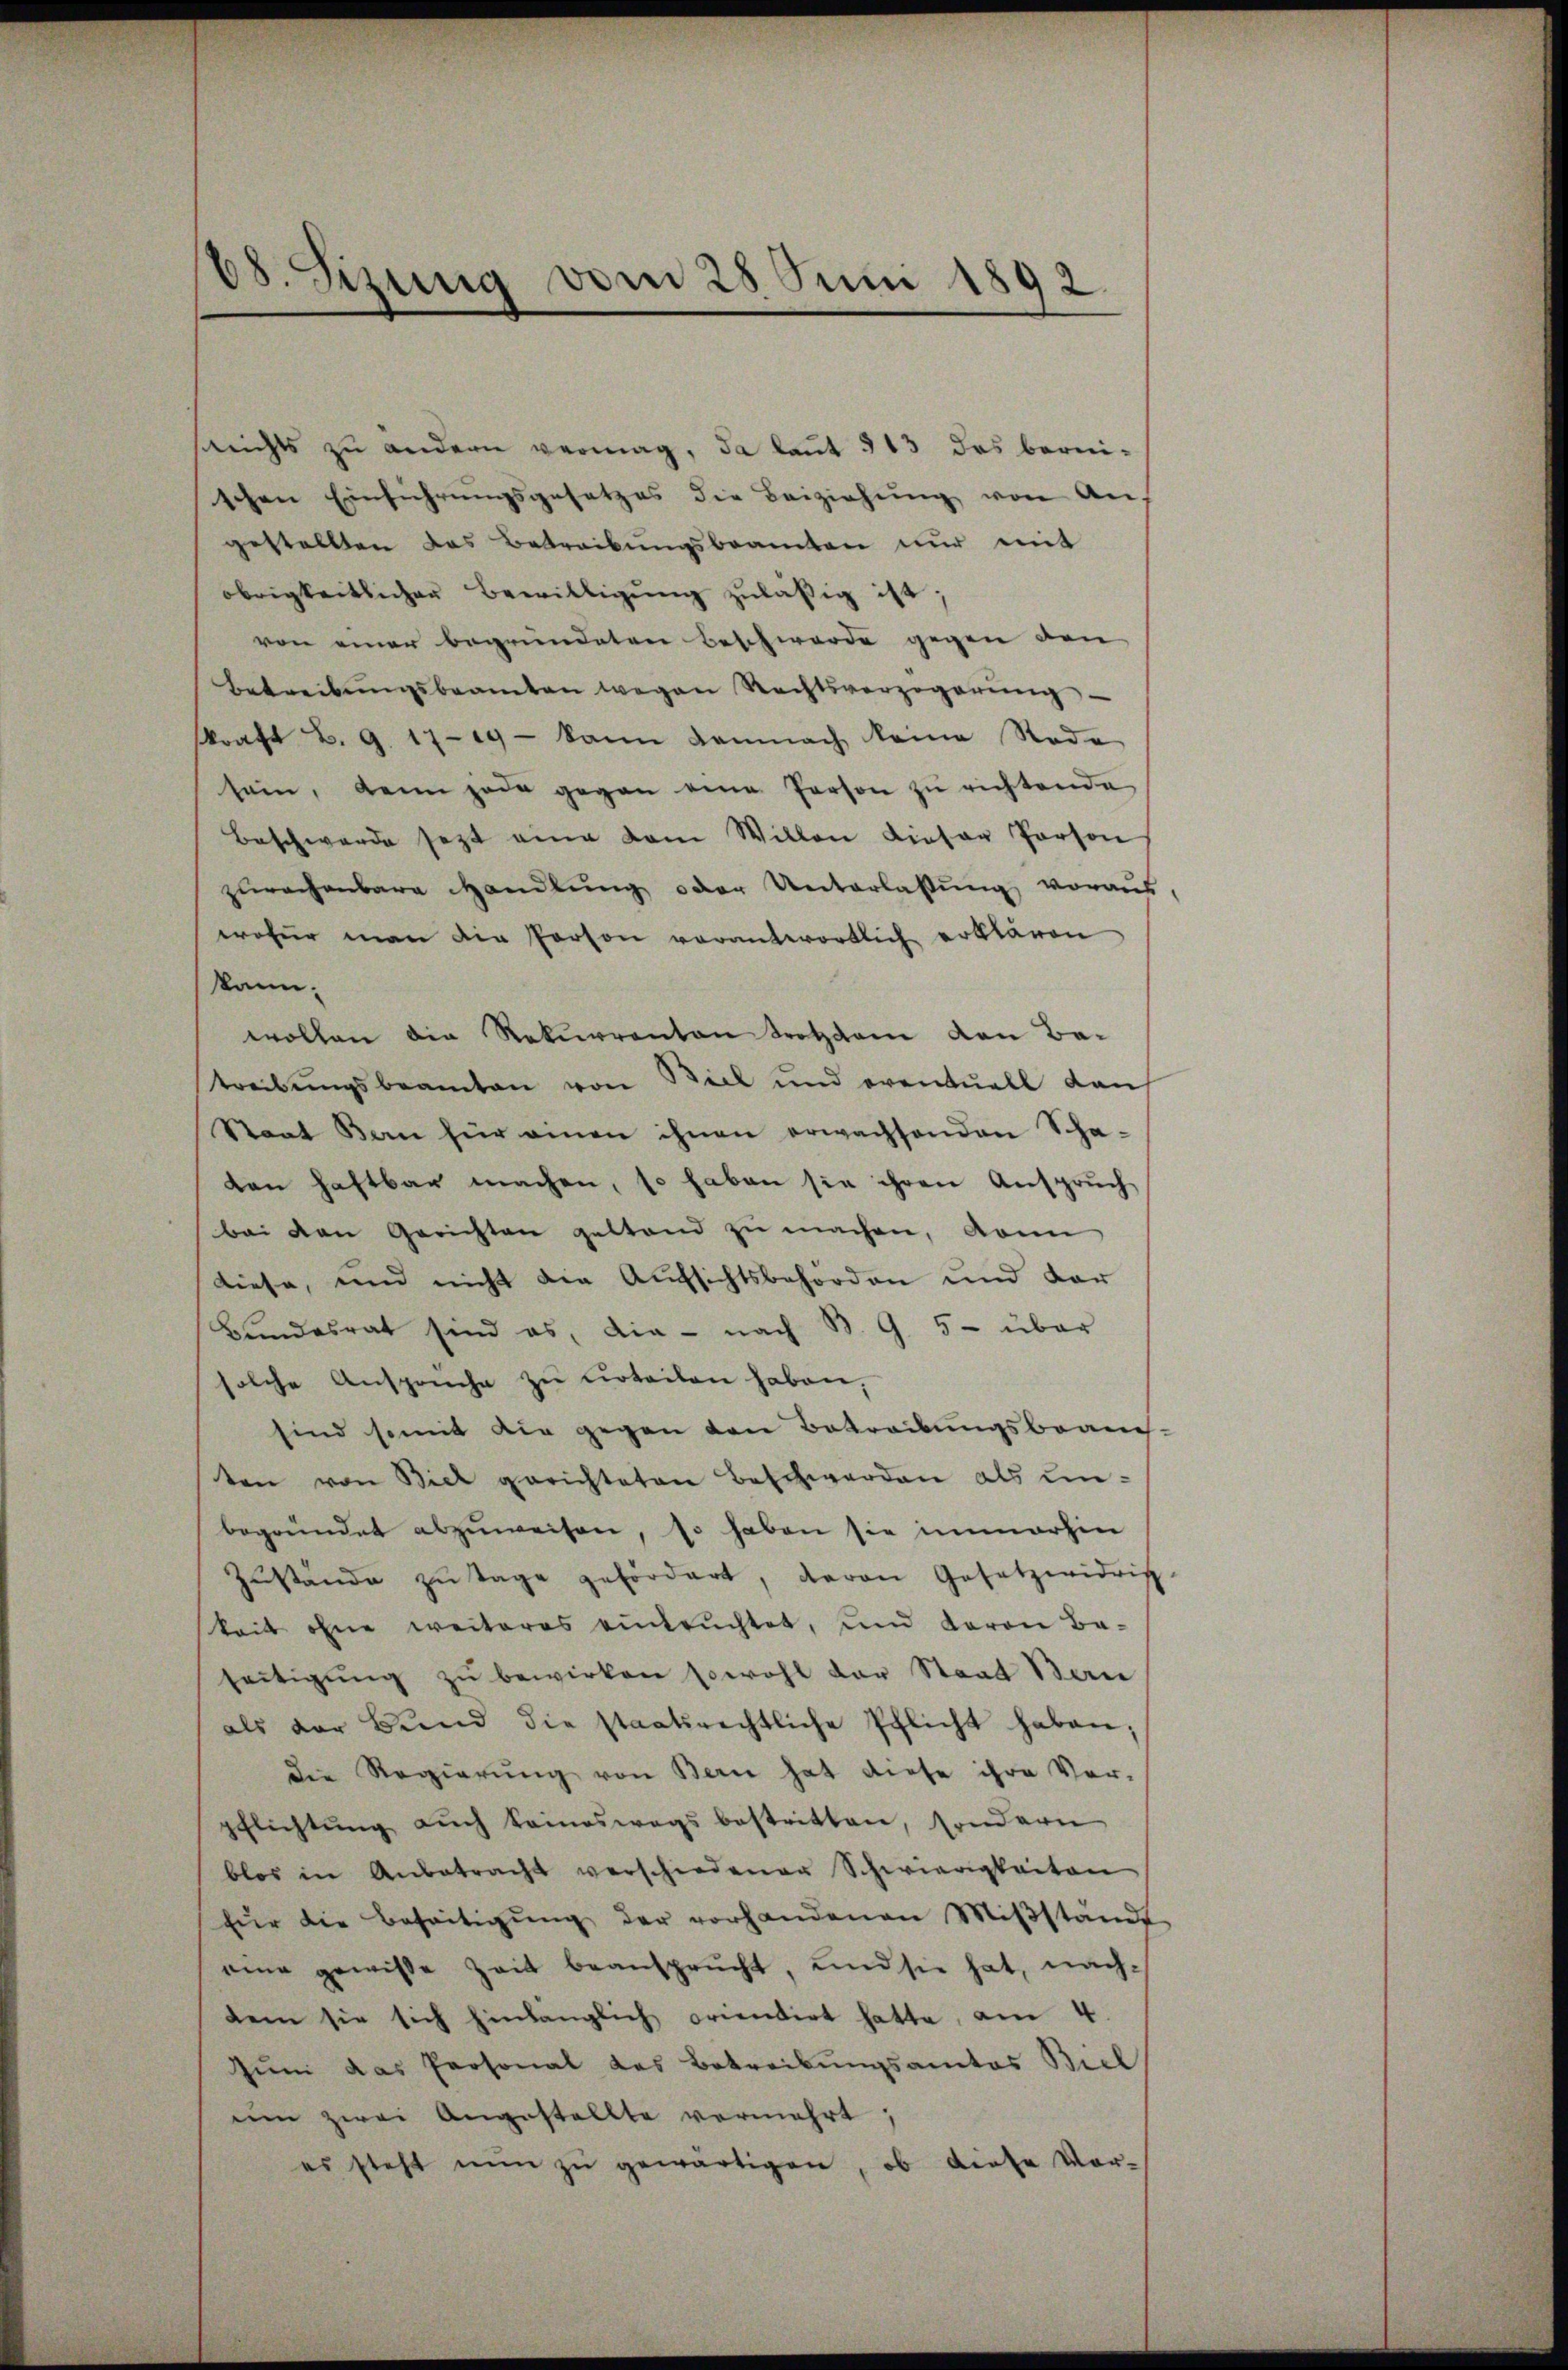
68. Sizung vom 28 Juni 1892.

srichts zu andern vermag, da laut 313 das bernischen Einführungsgesetzes die Beiziehung von An-
gestellten das Betreibŭngsbeamten nur mit
obrigkeitlicher Bewilligŭng zuläßig ist.
von einer begründeten Beschwerde gegen den
Betreibŭngsbeamten wegen Rechtsverzögerŭng
skraft B. G. 1719 - kann demnach keine Rode
sein, kann jede gegen eine Person zŭ richtende
Beschwerde sezt eine vom Willen dieser Person
zurechenbare Handlung oder Unterlassung voraus
wofür man die Person verantwortlich erklären
kann.
wollen die Rekurrenten trotztem den Bai
treibungsbeamten von Biel und eventuell dans
Staat Bon für einen ihnen erwachsenden Schaten haftbar machen, so haben sie ihren Anspruch
bei den Gerichten gestand zŭ machen, dann
diese, und nicht die Aufsichtsbehörden und dar
Bundesrat sind es, die - nach B. G. 5- über
solche Ansprüche zu urteilen haben,
sind somit die gegen den Betreibungsbrauch
ten von Biel gerichteten Beschwerden als unbegründet abzuweisen, so haben sie immerhin
Zŭstände zŭ tage gefördert, davon Gesetzwidrig
keit ohne weiteres eintrachtet, und daron Ba-
seitigŭng zŭ bewirken sowohl der Staat Bau
als der Bund die staatsrechtliche Pflicht haben;
die Regierŭng von Bern hat diese ihre Ver-
pflichtung auch keineswegs bestritten, sondern
blos in Anbetracht verschiedener Schwierigkeiten
für die Beseitigŭng der vorhandenen Miβständ
eine gewisse Zeit beansprucht, und sie hat, nach-
dem sie sich hinlänglich orientirt hatte, am 4
Zum das Personal das Betreibungsamtes Biel
um zwei Angestellte vermehrt,
es steht nun zŭ gewärtigen, ob diese Ver-